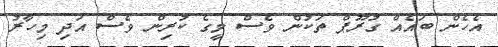
އެހެން ބައެއް ގުރޫޕް ތަކުން ވެސް މީގެ ކުރިން ވެސް އަދި މިހާރު